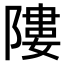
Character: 𨻻